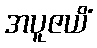
အပူဇယိံ